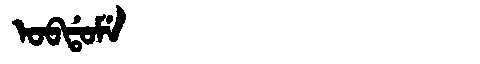
Manchu: ᠣᠪᡩᠣᠮᡝ
Romanization: OBDOME